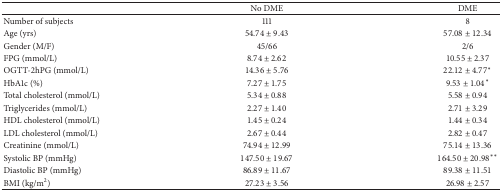
<table><thead><tr><td><b> </b></td><td><b>No DME</b></td><td><b>DME</b></td></tr></thead><tbody><tr><td>Number of subjects</td><td>111</td><td>8</td></tr><tr><td>Age (yrs)</td><td>54.74 ± 9.43</td><td>57.08 ± 12.34</td></tr><tr><td>Gender (M/F)</td><td>45/66</td><td>2/6</td></tr><tr><td>FPG (mmol/L)</td><td>8.74 ± 2.62</td><td>10.55 ± 2.37</td></tr><tr><td>OGTT-2hPG (mmol/L)</td><td>14.36 ± 5.76</td><td>22.12 ± 4.77<sup><i>∗</i></sup></td></tr><tr><td>HbA1c (%)</td><td>7.27 ± 1.75</td><td>9.53 ± 1.04<sup><i>∗</i></sup></td></tr><tr><td>Total cholesterol (mmol/L)</td><td>5.34 ± 0.88</td><td>5.58 ± 0.94</td></tr><tr><td>Triglycerides (mmol/L)</td><td>2.27 ± 1.40</td><td>2.71 ± 3.29</td></tr><tr><td>HDL cholesterol (mmol/L)</td><td>1.45 ± 0.24</td><td>1.44 ± 0.34</td></tr><tr><td>LDL cholesterol (mmol/L)</td><td>2.67 ± 0.44</td><td>2.82 ± 0.47</td></tr><tr><td>Creatinine (mmol/L)</td><td>74.94 ± 12.99</td><td>75.14 ± 13.36</td></tr><tr><td>Systolic BP (mmHg)</td><td>147.50 ± 19.67</td><td>164.50 ± 20.98<sup><i>∗∗</i></sup></td></tr><tr><td>Diastolic BP (mmHg)</td><td>86.89 ± 11.67</td><td>89.38 ± 11.51</td></tr><tr><td>BMI (kg/m<sup>2</sup>)</td><td>27.23 ± 3.56</td><td>26.98 ± 2.57</td></tr></tbody></table>